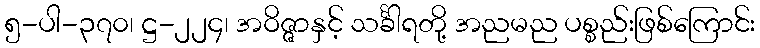
၅-ပါ-၃၇၀၊ ဋ္ဌ-၂၂၄၊ အဝိဇ္ဇာနှင့် သင်္ခါရတို့ အညမည ပစ္စည်းဖြစ်ကြောင်း